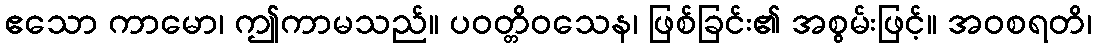
ဧသော ကာမော၊ ဤကာမသည်။ ပဝတ္တိဝသေန၊ ဖြစ်ခြင်း၏ အစွမ်းဖြင့်။ အဝစရတိ၊